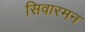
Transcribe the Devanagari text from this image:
सिवारमन